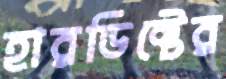
হারডিক্টের